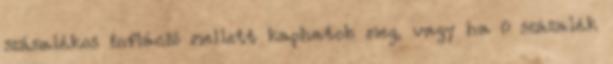
százalékos infláció mellett kaphatok meg, vagy ha 0 százalék